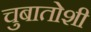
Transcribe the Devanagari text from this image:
चुबातोशी